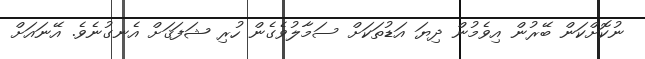
ނުކޮށްކަން ބޭރުން އިވެމުން ދިޔަ އަޑުތަކަށް ސަމާލުވެގެން ހުރި ޝަފަޤަށް އެނގުނެވެ. އޭނައަށް